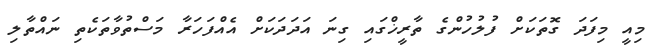
މިއީ މިފަދަ ގޮތަކަށް ފުލުހުންގެ ތާރީޚްގައި ގިނަ އަދަދަކަށް އެއްފަހަރާ މަސްތުވާތަކެތި ނައްތާލި